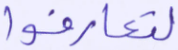
لتعارفوا